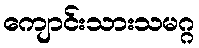
ကျောင်းသားသမဂ္ဂ